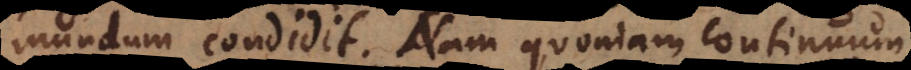
mundum condidit. Nam quoniam continuum